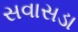
સવાસડા